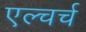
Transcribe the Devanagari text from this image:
एल्चर्च